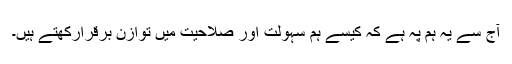
آج سے یہ ہم پہ ہے کہ کیسے ہم سہولت اور صلاحیت میں توازن برقرارکھتے ہیں۔